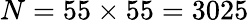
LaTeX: N=55\times 55=3025